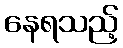
နေရသည့်